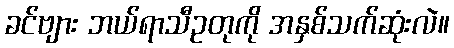
ခင်ဗျား ဘယ်ရာသီဥတုကို အနှစ်သက်ဆုံးလဲ။